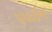
પપાઈન